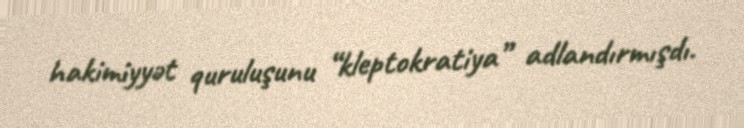
hakimiyyət quruluşunu “kleptokratiya” adlandırmışdı.